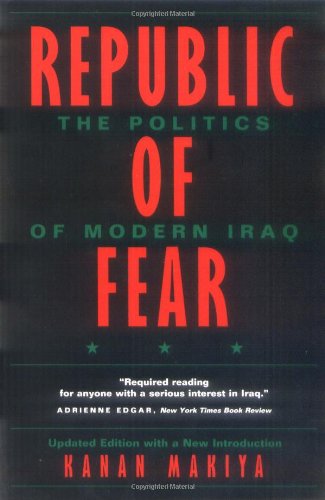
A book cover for Republic of Fear: The Politics of Modern Iraq, Updated Edition; Kanan Makiya; History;